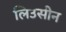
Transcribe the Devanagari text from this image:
लिउसीन